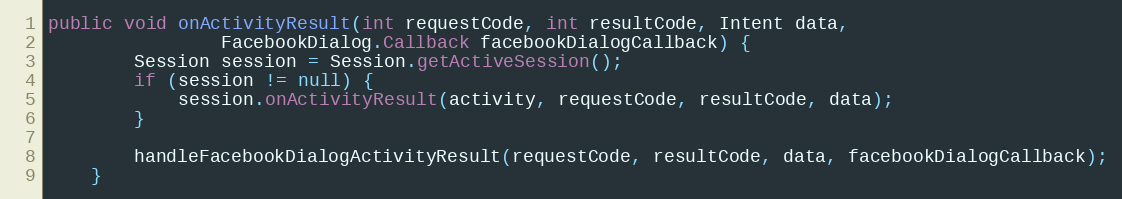
Language: Java
public void onActivityResult(int requestCode, int resultCode, Intent data,
                FacebookDialog.Callback facebookDialogCallback) {
        Session session = Session.getActiveSession();
        if (session != null) {
            session.onActivityResult(activity, requestCode, resultCode, data);
        }

        handleFacebookDialogActivityResult(requestCode, resultCode, data, facebookDialogCallback);
    }